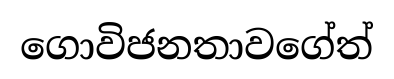
ගොවිජනතාවගේත්